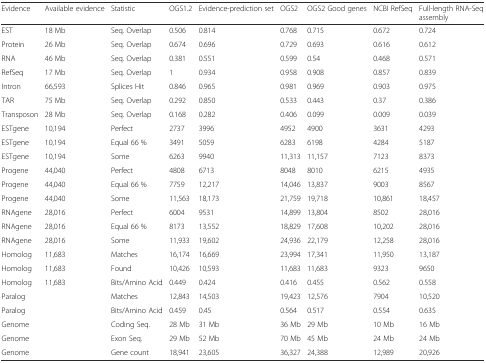
<table><thead><tr><td><b>Evidence</b></td><td><b>Available evidence</b></td><td><b>Statistic</b></td><td><b>OGS1.2</b></td><td><b>Evidence-prediction set</b></td><td><b>OGS2</b></td><td><b>OGS2 Good genes</b></td><td><b>NCBI RefSeq</b></td><td><b>Full-length RNA-Seq assembly</b></td></tr></thead><tbody><tr><td>EST</td><td>18 Mb</td><td>Seq. Overlap</td><td>0.506</td><td>0.814</td><td>0.768</td><td>0.715</td><td>0.672</td><td>0.724</td></tr><tr><td>Protein</td><td>26 Mb</td><td>Seq. Overlap</td><td>0.674</td><td>0.696</td><td>0.729</td><td>0.693</td><td>0.616</td><td>0.612</td></tr><tr><td>RNA</td><td>46 Mb</td><td>Seq. Overlap</td><td>0.381</td><td>0.551</td><td>0.599</td><td>0.54</td><td>0.468</td><td>0.571</td></tr><tr><td>RefSeq</td><td>17 Mb</td><td>Seq. Overlap</td><td>1</td><td>0.934</td><td>0.958</td><td>0.908</td><td>0.857</td><td>0.839</td></tr><tr><td>Intron</td><td>66,593</td><td>Splices Hit</td><td>0.846</td><td>0.965</td><td>0.981</td><td>0.969</td><td>0.903</td><td>0.975</td></tr><tr><td>TAR</td><td>75 Mb</td><td>Seq. Overlap</td><td>0.292</td><td>0.850</td><td>0.533</td><td>0.443</td><td>0.37</td><td>0.386</td></tr><tr><td>Transposon</td><td>28 Mb</td><td>Seq. Overlap</td><td>0.168</td><td>0.282</td><td>0.406</td><td>0.099</td><td>0.009</td><td>0.039</td></tr><tr><td>ESTgene</td><td>10,194</td><td>Perfect</td><td>2737</td><td>3996</td><td>4952</td><td>4900</td><td>3631</td><td>4293</td></tr><tr><td>ESTgene</td><td>10,194</td><td>Equal 66 %</td><td>3491</td><td>5059</td><td>6283</td><td>6198</td><td>4284</td><td>5187</td></tr><tr><td>ESTgene</td><td>10,194</td><td>Some</td><td>6263</td><td>9940</td><td>11,313</td><td>11,157</td><td>7123</td><td>8373</td></tr><tr><td>Progene</td><td>44,040</td><td>Perfect</td><td>4808</td><td>6713</td><td>8048</td><td>8010</td><td>6215</td><td>4935</td></tr><tr><td>Progene</td><td>44,040</td><td>Equal 66 %</td><td>7759</td><td>12,217</td><td>14,046</td><td>13,837</td><td>9003</td><td>8567</td></tr><tr><td>Progene</td><td>44,040</td><td>Some</td><td>11,563</td><td>18,173</td><td>21,759</td><td>19,718</td><td>10,861</td><td>18,457</td></tr><tr><td>RNAgene</td><td>28,016</td><td>Perfect</td><td>6004</td><td>9531</td><td>14,899</td><td>13,804</td><td>8502</td><td>28,016</td></tr><tr><td>RNAgene</td><td>28,016</td><td>Equal 66 %</td><td>8173</td><td>13,552</td><td>18,829</td><td>17,608</td><td>10,202</td><td>28,016</td></tr><tr><td>RNAgene</td><td>28,016</td><td>Some</td><td>11,933</td><td>19,602</td><td>24,936</td><td>22,179</td><td>12,258</td><td>28,016</td></tr><tr><td>Homolog</td><td>11,683</td><td>Matches</td><td>16,174</td><td>16,669</td><td>23,994</td><td>17,341</td><td>11,950</td><td>13,187</td></tr><tr><td>Homolog</td><td>11,683</td><td>Found</td><td>10,426</td><td>10,593</td><td>11,683</td><td>11,683</td><td>9323</td><td>9650</td></tr><tr><td>Homolog</td><td>11,683</td><td>Bits/Amino Acid</td><td>0.449</td><td>0.424</td><td>0.416</td><td>0.455</td><td>0.562</td><td>0.558</td></tr><tr><td>Paralog</td><td></td><td>Matches</td><td>12,843</td><td>14,503</td><td>19,423</td><td>12,576</td><td>7904</td><td>10,520</td></tr><tr><td>Paralog</td><td></td><td>Bits/Amino Acid</td><td>0.459</td><td>0.45</td><td>0.564</td><td>0.517</td><td>0.554</td><td>0.635</td></tr><tr><td>Genome</td><td></td><td>Coding Seq.</td><td>28 Mb</td><td>31 Mb</td><td>36 Mb</td><td>29 Mb</td><td>10 Mb</td><td>16 Mb</td></tr><tr><td>Genome</td><td></td><td>Exon Seq.</td><td>29 Mb</td><td>52 Mb</td><td>70 Mb</td><td>45 Mb</td><td>24 Mb</td><td>24 Mb</td></tr><tr><td>Genome</td><td></td><td>Gene count</td><td>18,941</td><td>23,605</td><td>36,327</td><td>24,388</td><td>12,989</td><td>20,926</td></tr></tbody></table>